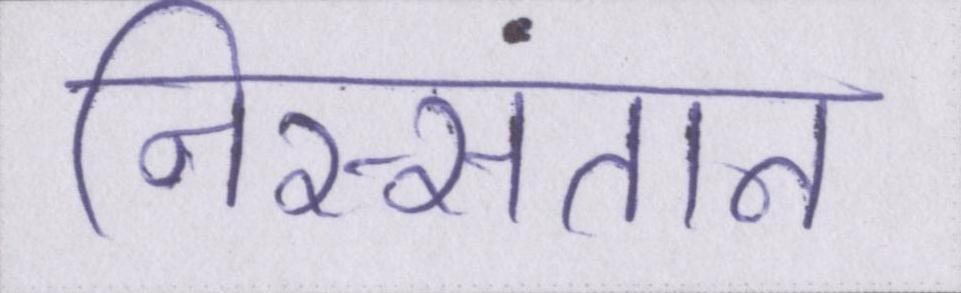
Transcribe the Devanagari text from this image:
निस्संतान